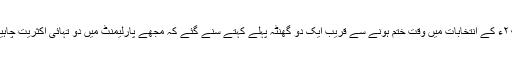
۲۰۱۳ء کے انتخابات میں وقت ختم ہونے سے قریب ایک دو گھنٹہ پہلے کہتے سنے گئے کہ مجھے پارلیمنٹ میں دو تہائی اکثریت چاہیے ۔